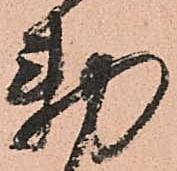
勅